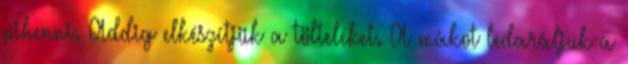
pihenni. Addig elkészítjük a tölteléket. A mákot ledaráljuk a